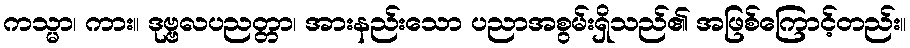
ကသ္မာ၊ ကား။ ဒုဗ္ဗလပညတ္တာ၊ အားနည်းသော ပညာအစွမ်းရှိသည်၏ အဖြစ်ကြောင့်တည်း။